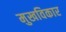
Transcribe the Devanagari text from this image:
मुखविकार